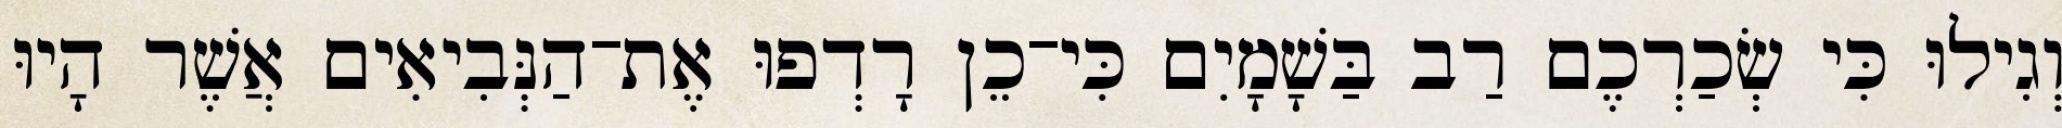
וְגִילוּ כִּי שְׂכַרְכֶם רַב בַּשָׁמָיִם כִּי־כֵן רָדְפוּ אֶת־הַנְּבִיאִים אֲשֶׁר הָיוּ